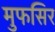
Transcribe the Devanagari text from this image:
मुफसिर